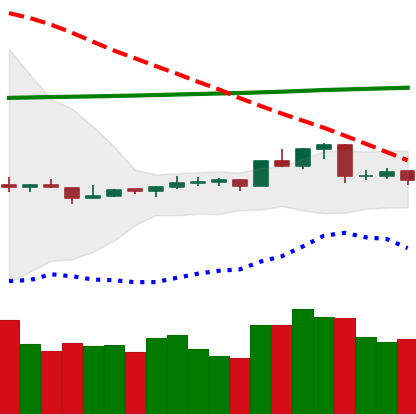
Ticker: ETC-USD
Chart end date: 2020-04-13
Forward return: 9.157%
Label: up_7plus